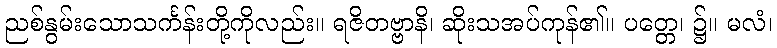
ညစ်နွမ်းသောသင်္ကန်းတို့ကိုလည်း။ ရဇိတဗ္ဗာနိ၊ ဆိုးသအပ်ကုန်၏။ ပတ္တေ၊ ၌။ မလံ၊